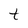
Character: t